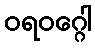
ဝရဝဂ္ဂေါ